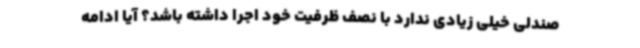
صندلی‌ خیلی زیادی ندارد با نصف ظرفیت خود اجرا داشته باشد؟ آیا ادامه